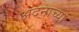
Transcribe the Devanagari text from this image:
अदनाच्या